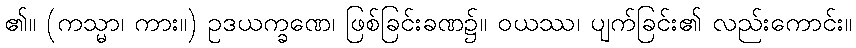
၏။ (ကသ္မာ၊ ကား။) ဥဒယက္ခဏေ၊ ဖြစ်ခြင်းခဏ၌။ ဝယဿ၊ ပျက်ခြင်း၏ လည်းကောင်း။